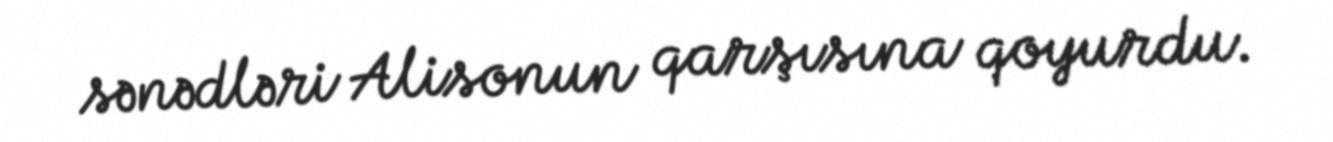
sənədləri Alisonun qarşısına qoyurdu.